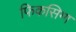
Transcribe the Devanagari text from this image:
फिकसिग्ग